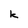
Character: k